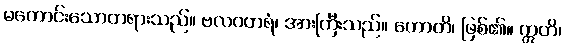
မကောင်းသောတရားသည်။ ဗလဝတရံ၊ အားကြီးသည်။ ဟောတိ၊ ဖြစ်၏။ ဣတိ၊